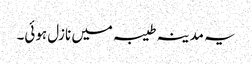
یہ مدینہ طیبہ میں نازل ہوئی۔